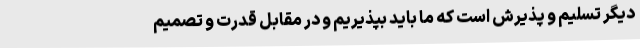
دیگر تسلیم و پذیرش است که ما باید بپذیریم و در مقابل قدرت و تصمیم